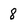
Character: 8